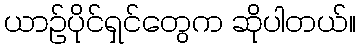
ယာဥ်ပိုင်ရှင်တွေက ဆိုပါတယ်။